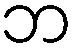
ဘ